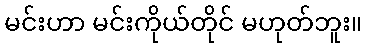
မင်းဟာ မင်းကိုယ်တိုင် မဟုတ်ဘူး။